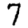
Digit: 7